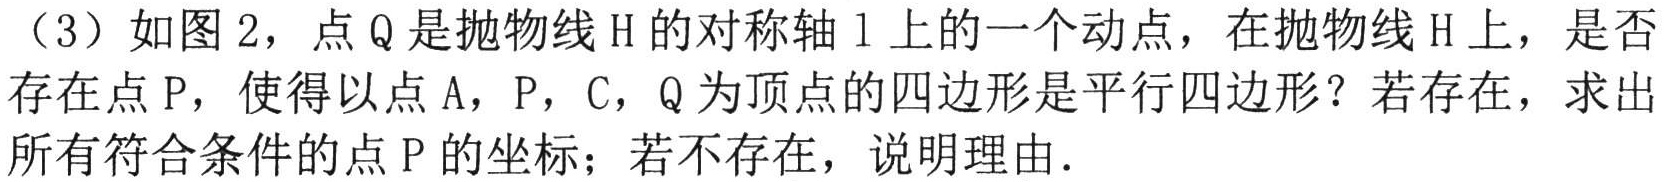
（3）如图2，点\(Q\)是抛物线\(H\)的对称轴\(l\)上的一个动点，在抛物线\(H\)上，是否
存在点\(P\)，使得以点\(A\)，\(P\)，\(C\)，\(Q\)为顶点的四边形是平行四边形？若存在，求出
所有符合条件的点\(P\)的坐标；若不存在，说明理由．